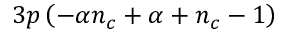
3 p \left( - \alpha n _ { c } + \alpha + n _ { c } - 1 \right)